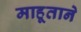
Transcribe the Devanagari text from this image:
माहूताने